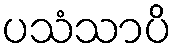
ပသံသာပိ